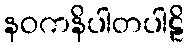
နဝကနိပါတပါဠိ